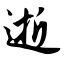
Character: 逝